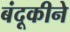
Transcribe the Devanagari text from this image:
बंदूकीने